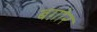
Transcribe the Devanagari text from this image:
बग़ोर